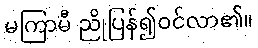
မကြာမီ ညိုပြန်၍ဝင်လာ၏။